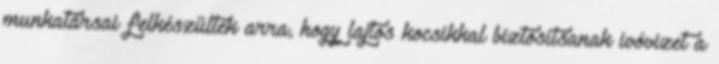
munkatársai felkészültek arra, hogy lajtos kocsikkal biztosítsanak ivóvizet a